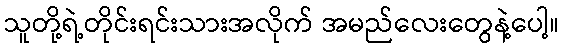
သူတို့ရဲ့တိုင်းရင်းသားအလိုက် အမည်လေးတွေနဲ့ပေါ့။